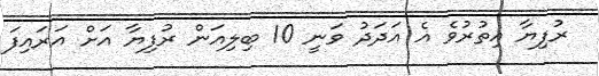
ރުފިޔާ އިތުރުވެ އެ އަދަދު ވަނީ 10 ބިލިއަން ރުފިޔާ އަށް އަރައިފަ